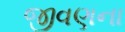
જીવણના